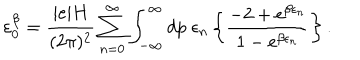
LaTeX: \varepsilon _ { 0 } ^ { \beta } = \frac { | e | H } { ( 2 \pi ) ^ { 2 } } \sum _ { n = 0 } ^ { \infty } \int _ { - \infty } ^ { \infty } d p \; \epsilon _ { n } \left\{ \frac { - 2 + \mathrm { e } ^ { \beta \epsilon _ { n } } } { 1 - \mathrm { e } ^ { \beta \epsilon _ { n } } } \right\} .